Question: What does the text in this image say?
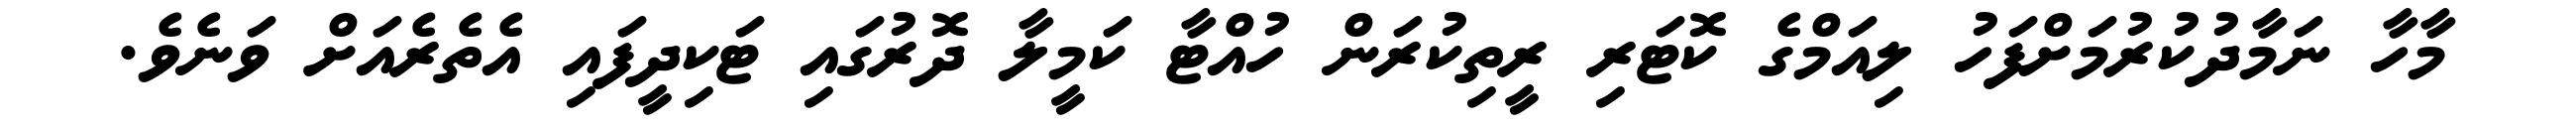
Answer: މާހާ ނަމާދުކުރުމަށްފަހު ލިއަމްގެ ކޮޓަރި ރީތިކުރަން ހުއްޓާ ކަމީލާ ދޮރުގައި ޓަކިދީފައި އެތެރެއަށް ވަނެވެ.